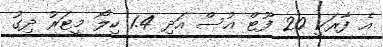
އެ ފާރަކީ 20 ފޫޓް އުސް އަދި 1.4 ކިލޯ މީޓަރު ދިގު